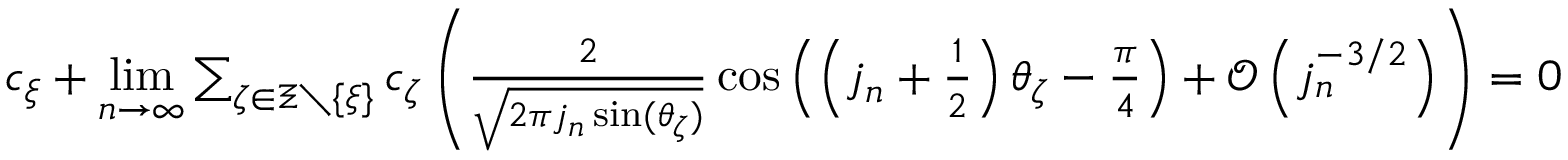
\begin{array} { r } { c _ { \xi } + \underset { n \rightarrow \infty } { \operatorname* { l i m } } \sum _ { \zeta \in \Xi \setminus \lbrace \xi \rbrace } c _ { \zeta } \left( \frac { 2 } { \sqrt { 2 \pi j _ { n } \sin ( \theta _ { \zeta } ) } } \cos \left( \left( j _ { n } + \frac 1 2 \right) \theta _ { \zeta } - \frac { \pi } { 4 } \right) + \mathcal { O } \left( j _ { n } ^ { - 3 / 2 } \right) \right) = 0 } \end{array}